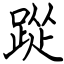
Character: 踨